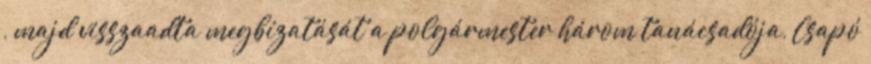
, majd visszaadta megbízatását a polgármester három tanácsadója, Csapó